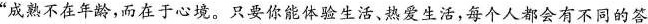
”成熟不在年龄，而在于心境。只要你能体验生活、热爱生活，每个人都会有不同的答